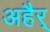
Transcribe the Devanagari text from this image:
अहैर्